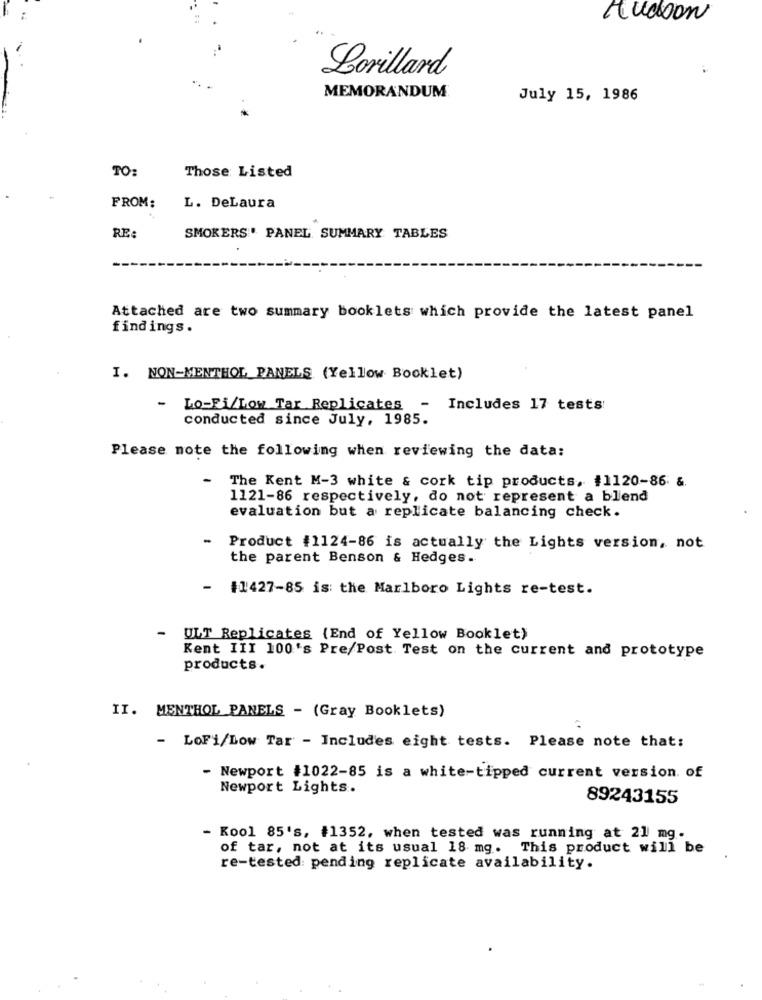
Hudson
Lorillard
MEMORANDUM
July 15, 1986
TO:
Those Listed
FROM:
L. DeLaura
RE:
SMOKERS' PANEL SUMMARY TABLES
Attached are two summary booklets which provide the latest panel
findings.
I. NON-MENTHOL PANELS (Yellow Booklet)
-
LO-Fi/Low Tar Replicates - Includes 17 tests
conducted since July, 1985.
Please note the following when reviewing the data:
-
The Kent M-3 white & cork tip products, #1120-86 &.
1121-86 respectively, do not represent a blend
evaluation but a replicate balancing check.
-
Product #1124-86 is actually the Lights version, not
the parent Benson & Hedges.
-
#1427-85 is: the Marlboro Lights re-test.
ULT Replicates (End of Yellow Booklet)
Kent III 100's Pre/Post Test on the current and prototype
products.
II. MENTHOL PANELS - (Gray Booklets)
- LoFi/Low Tar - Includes eight tests. Please note that:
- Newport #1022-85 is a white-tipped current version. of
Newport Lights.
89243155
- Kool 85's, #1352, when tested was running at 21 mg.
of tar, not at its usual 18 mg. This product will be
re-tested: pending replicate availability.